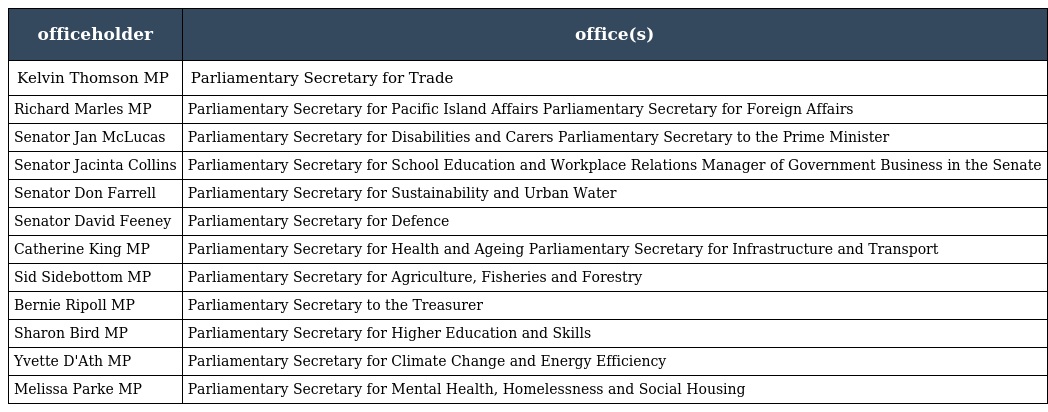
| officeholder | office(s) |
 | --- | --- |
 | Kelvin Thomson MP | Parliamentary Secretary for Trade |
 | Richard Marles MP | Parliamentary Secretary for Pacific Island Affairs Parliamentary Secretary for Foreign Affairs |
 | Senator Jan McLucas | Parliamentary Secretary for Disabilities and Carers Parliamentary Secretary to the Prime Minister |
 | Senator Jacinta Collins | Parliamentary Secretary for School Education and Workplace Relations Manager of Government Business in the Senate |
 | Senator Don Farrell | Parliamentary Secretary for Sustainability and Urban Water |
 | Senator David Feeney | Parliamentary Secretary for Defence |
 | Catherine King MP | Parliamentary Secretary for Health and Ageing Parliamentary Secretary for Infrastructure and Transport |
 | Sid Sidebottom MP | Parliamentary Secretary for Agriculture, Fisheries and Forestry |
 | Bernie Ripoll MP | Parliamentary Secretary to the Treasurer |
 | Sharon Bird MP | Parliamentary Secretary for Higher Education and Skills |
 | Yvette D'Ath MP | Parliamentary Secretary for Climate Change and Energy Efficiency |
 | Melissa Parke MP | Parliamentary Secretary for Mental Health, Homelessness and Social Housing |